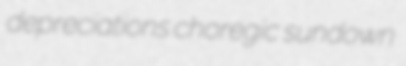
depreciations choregic sundown